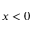
x < 0